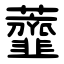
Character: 虀